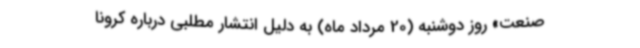
صنعت» روز دوشنبه (20 مرداد ماه) به دلیل انتشار مطلبی درباره کرونا